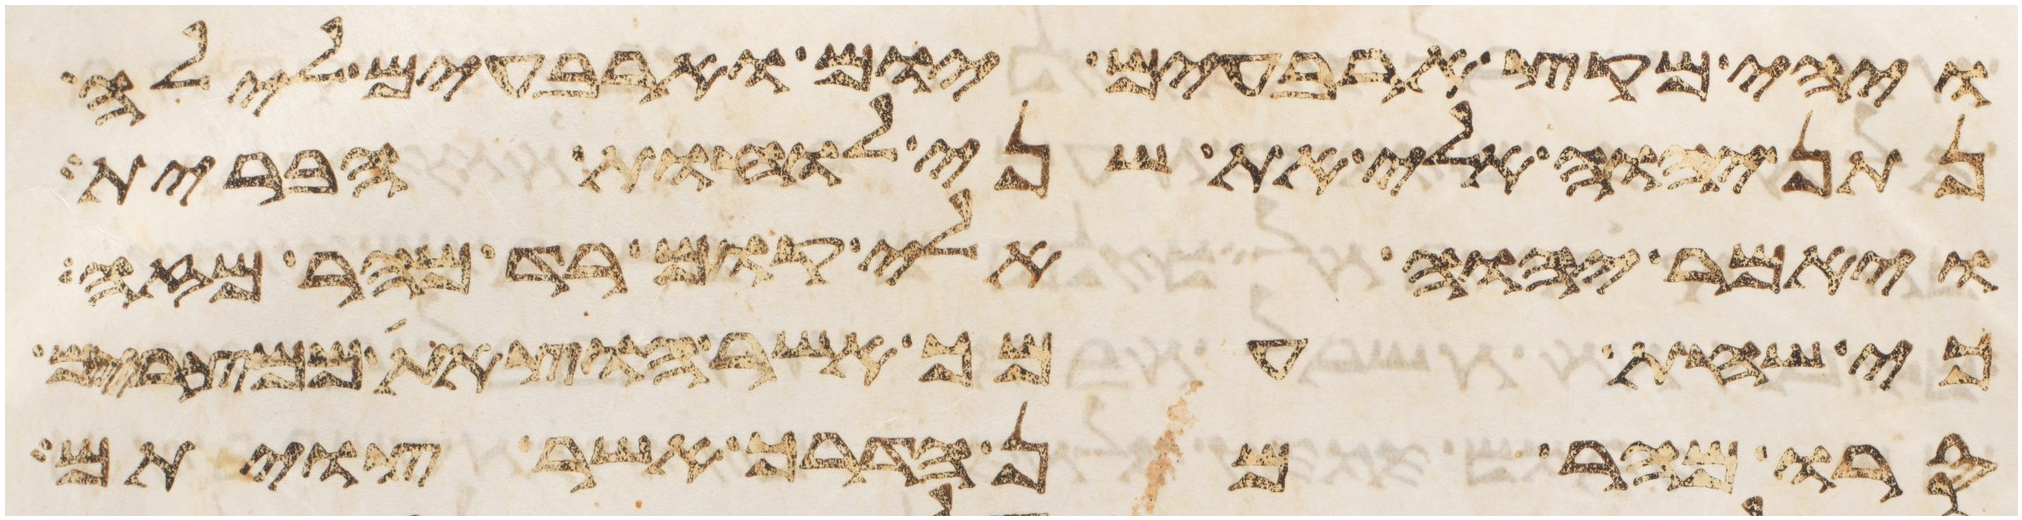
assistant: ויהי מקץ ארבעים יום וארבעים לילה
נתן יהוה אלי את שני לוחת הברית
ויאמר יהוה אלי קום רד מהר מזה
כי שחת עמך אשר הוצאת ממצרים
סרו מהר מן הדרך אשר צויתם